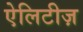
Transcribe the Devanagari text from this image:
ऐलिटीज़